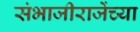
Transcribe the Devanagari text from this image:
संभाजीराजेंच्या